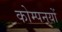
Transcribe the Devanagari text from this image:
कोम्पनयों